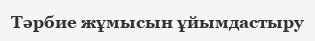
Тәрбие жұмысын ұйымдастыру